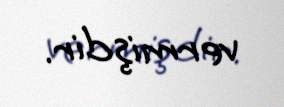
vermişdir.